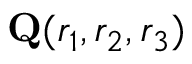
\mathbf { Q } ( r _ { 1 } , r _ { 2 } , r _ { 3 } )